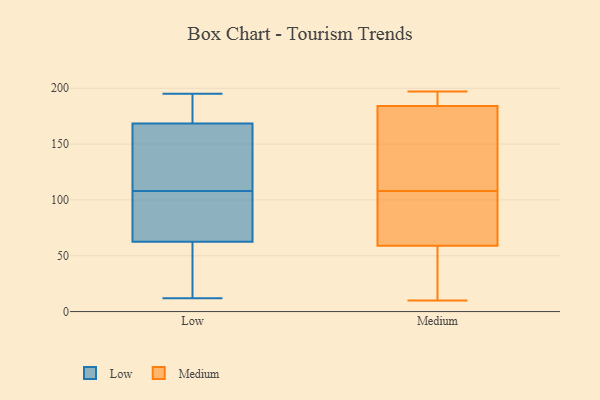
{"axis": {"x": "Shipments", "y": "Value"}, "legend": ["Low", "Medium"], "data": [{"x": "", "y": 195, "type": "Low"}, {"x": "", "y": 187, "type": "Low"}, {"x": "", "y": 34, "type": "Low"}, {"x": "", "y": 46, "type": "Low"}, {"x": "", "y": 110, "type": "Low"}, {"x": "", "y": 176, "type": "Low"}, {"x": "", "y": 33, "type": "Low"}, {"x": "", "y": 97, "type": "Low"}, {"x": "", "y": 68, "type": "Low"}, {"x": "", "y": 166, "type": "Low"}, {"x": "", "y": 12, "type": "Low"}, {"x": "", "y": 80, "type": "Low"}, {"x": "", "y": 121, "type": "Low"}, {"x": "", "y": 108, "type": "Low"}, {"x": "", "y": 111, "type": "Low"}, {"x": "", "y": 89, "type": "Low"}, {"x": "", "y": 184, "type": "Low"}, {"x": "", "y": 169, "type": "Medium"}, {"x": "", "y": 35, "type": "Medium"}, {"x": "", "y": 10, "type": "Medium"}, {"x": "", "y": 58, "type": "Medium"}, {"x": "", "y": 189, "type": "Medium"}, {"x": "", "y": 189, "type": "Medium"}, {"x": "", "y": 79, "type": "Medium"}, {"x": "", "y": 90, "type": "Medium"}, {"x": "", "y": 59, "type": "Medium"}, {"x": "", "y": 21, "type": "Medium"}, {"x": "", "y": 191, "type": "Medium"}, {"x": "", "y": 197, "type": "Medium"}, {"x": "", "y": 184, "type": "Medium"}, {"x": "", "y": 142, "type": "Medium"}, {"x": "", "y": 126, "type": "Medium"}, {"x": "", "y": 135, "type": "Medium"}, {"x": "", "y": 73, "type": "Medium"}, {"x": "", "y": 59, "type": "Medium"}]}